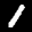
Label: 1